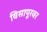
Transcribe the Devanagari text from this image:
विसापूरवर